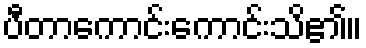
ပီတာကောင်းကောင်းသိ၏။